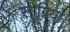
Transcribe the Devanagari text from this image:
सीग्रिया